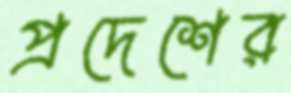
প্রদেশের